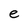
Character: e